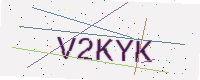
Text: V2KYK